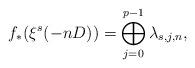
LaTeX: \begin{align*}f_{*}(\xi^{s}(-nD))=\bigoplus^{p-1}_{j=0}\lambda_{s,j,n},\end{align*}